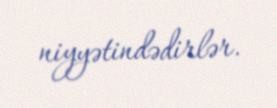
niyyətindədirlər.